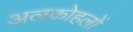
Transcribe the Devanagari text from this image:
अलकोहलों